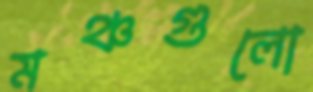
মঞ্চগুলো